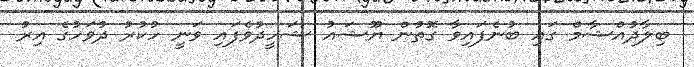
ބިލާދުއްޝާމް ގައި ބުނެފައިވާ ގޮތުން ޔޫޝައު ޝަހީދުވެފައި ވަނީ ހުކުރު ދުވަހުގެ އިރު